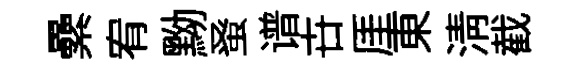
纍宥黝𫊫谱卋厓東淸截